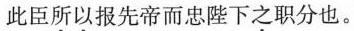
此臣所以报先帝而忠陛下之职分也。